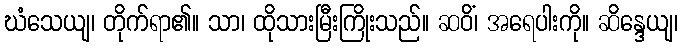
ဃံသေယျ၊ တိုက်ရာ၏။ သာ၊ ထိုသားမြီးကြိုးသည်။ ဆဝိံ၊ အရေပါးကို။ ဆိန္ဒေယျ၊